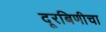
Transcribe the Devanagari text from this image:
दूरबिणीचा